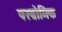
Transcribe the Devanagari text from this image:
परब्रोमिक